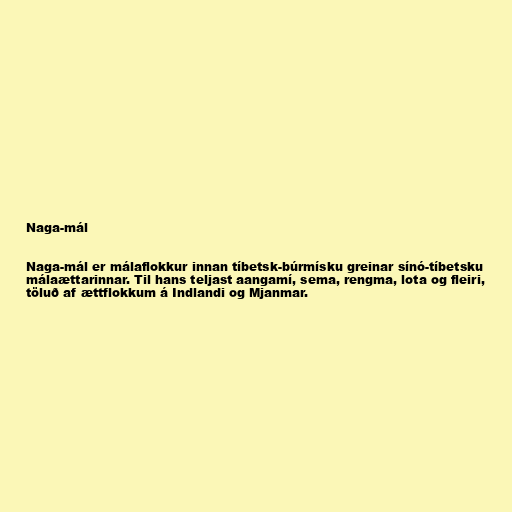
Naga-mál

Naga-mál er málaflokkur innan tíbetsk-búrmísku greinar sínó-tíbetsku
málaættarinnar. Til hans teljast aangamí, sema, rengma, lota og fleiri,
töluð af ættflokkum á Indlandi og Mjanmar.